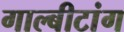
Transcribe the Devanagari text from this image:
गाल्बीटांग